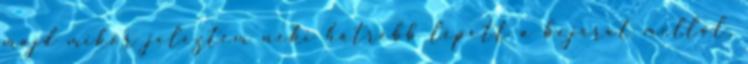
majd mikor jeleztem neki hátrébb lépett a bejárat mellől.